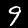
Digit: 9